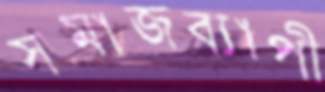
সমাজব্যাপী